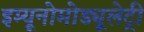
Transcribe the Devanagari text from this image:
इम्यूनोमोड्यूलेट्री